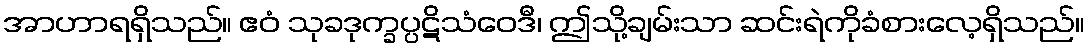
အာဟာရရှိသည်။ ဧဝံ သုခဒုက္ခပ္ပဋိသံဝေဒီ၊ ဤသို့ချမ်းသာ ဆင်းရဲကိုခံစားလေ့ရှိသည်။